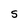
Character: s